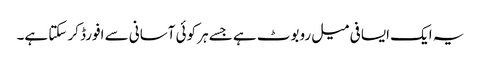
یہ ایک ایسا فی میل روبوٹ ہے جسے ہر کوئی آسانی سے افورڈ کر سکتا ہے۔